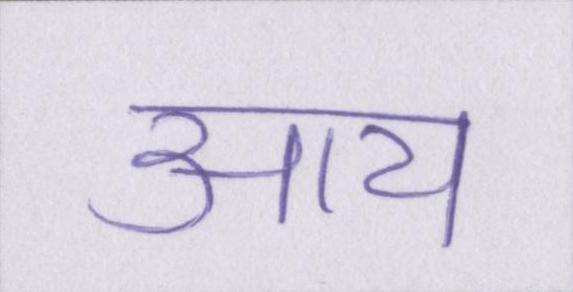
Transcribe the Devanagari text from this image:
आय